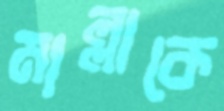
মাল্লাকে